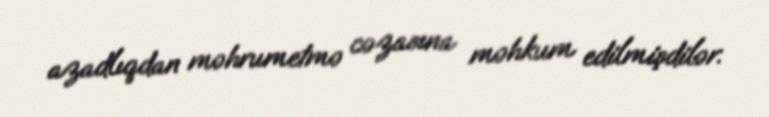
azadlıqdan məhrumetmə cəzasına məhkum edilmişdilər.